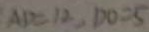
A D = 1 2 , D O = 5